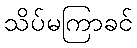
သိပ်မကြာခင်